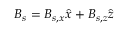
\boldsymbol { B } _ { s } = B _ { s , x } \hat { \boldsymbol { x } } + B _ { s , z } \hat { \boldsymbol { z } }